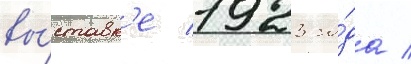
вы́ставк'е 1923 го́да /